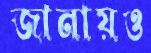
জানায়ও